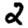
Digit: 2